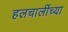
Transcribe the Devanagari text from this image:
हलचालींच्या